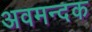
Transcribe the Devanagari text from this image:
अवमन्दक